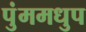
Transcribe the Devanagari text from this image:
पुंममधुप